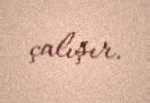
çalışır.